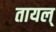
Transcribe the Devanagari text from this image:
तायल्